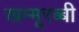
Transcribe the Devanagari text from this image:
खम्मूरब्बी